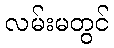
လမ်းမတွင်